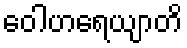
ဝေါဟရေယျာတိ